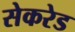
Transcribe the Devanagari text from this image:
सेकरेड